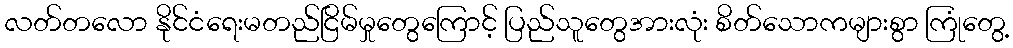
လတ်တလော နိုင်ငံရေးမတည်ငြိမ်မှုတွေကြောင့် ပြည်သူတွေအားလုံး စိတ်သောကများစွာ ကြုံတွေ့